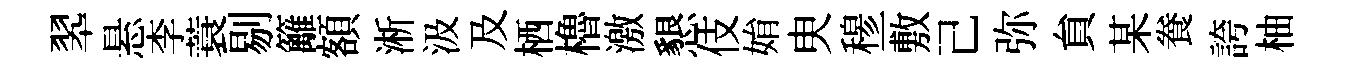
翆悬李蓑剔籬額淅汲及栖櫓激懇伎姢㬰𥠇一敷己弥貟某飬誇柚